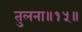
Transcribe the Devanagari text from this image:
तुलना॥१५॥